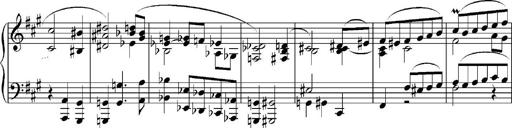
Title: Sonatina No.5
Composer: Otto Stoll
Key: F-sharp minor